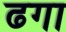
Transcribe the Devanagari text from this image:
ढगा